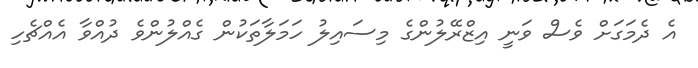
އެ ދެމަގަށް ވެސް ވަނީ އިޒްރޭލުންގެ މިސައިލު ހަމަލާތަކުން ގެއްލުންވެ ދުއްވާ އެއްޗެހި